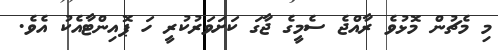
މި މެޗުން މޮޅުވެ ރާއްޖެ ސެމީގެ ޖާގަ ކަށަވަރުކުރީ ހަ ޕޮއިންޓާއެކު އެވެ.